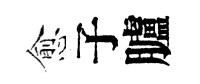
愈子臚